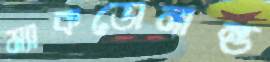
ম্যাকডোনান্ড